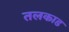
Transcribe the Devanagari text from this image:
तलकाड